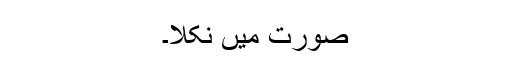
صورت میں نکلا۔